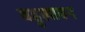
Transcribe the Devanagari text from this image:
बहुलावन